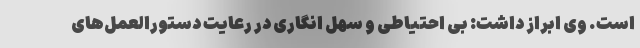
است. وی ابراز داشت: بی احتیاطی و سهل انگاری در رعایت دستورالعمل‌های